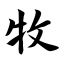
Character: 牧